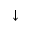
\downarrow